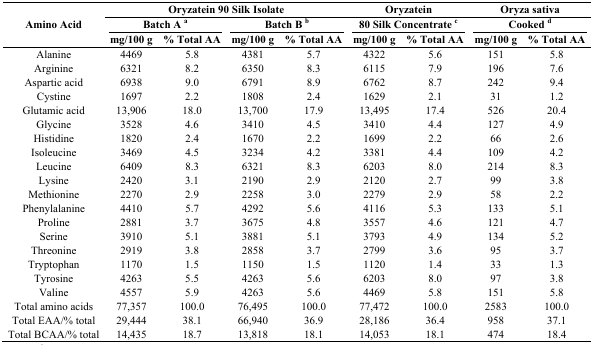
<table><thead><tr><td rowspan="3"><b>Amino Acid </b></td><td colspan="4"><b>Oryzatein 90 Silk Isolate</b></td><td colspan="2"><b>Oryzatein</b></td><td colspan="2"><b>Oryza sativa</b></td></tr><tr><td colspan="2"><b>Batch A <sup>a</sup></b></td><td colspan="2"><b>Batch B <sup>b</sup></b></td><td colspan="2"><b>80 Silk Concentrate <sup>c</sup></b></td><td colspan="2"><b>Cooked <sup>d</sup></b></td></tr><tr><td><b>mg/100 g</b></td><td><b>% Total AA</b></td><td><b>mg/100 g</b></td><td><b>% Total AA</b></td><td><b>mg/100 g</b></td><td><b>% Total AA</b></td><td><b>mg/100 g</b></td><td><b>% Total AA</b></td></tr></thead><tbody><tr><td>Alanine</td><td>4469</td><td>5.8</td><td>4381</td><td>5.7</td><td>4322</td><td>5.6</td><td>151</td><td>5.8</td></tr><tr><td>Arginine</td><td>6321</td><td>8.2</td><td>6350</td><td>8.3</td><td>6115</td><td>7.9</td><td>196</td><td>7.6</td></tr><tr><td>Aspartic acid</td><td>6938</td><td>9.0</td><td>6791</td><td>8.9</td><td>6762</td><td>8.7</td><td>242</td><td>9.4</td></tr><tr><td>Cystine</td><td>1697</td><td>2.2</td><td>1808</td><td>2.4</td><td>1629</td><td>2.1</td><td>31</td><td>1.2</td></tr><tr><td>Glutamic acid</td><td>13,906</td><td>18.0</td><td>13,700</td><td>17.9</td><td>13,495</td><td>17.4</td><td>526</td><td>20.4</td></tr><tr><td>Glycine</td><td>3528</td><td>4.6</td><td>3410</td><td>4.5</td><td>3410</td><td>4.4</td><td>127</td><td>4.9</td></tr><tr><td>Histidine</td><td>1820</td><td>2.4</td><td>1670</td><td>2.2</td><td>1699</td><td>2.2</td><td>66</td><td>2.6</td></tr><tr><td>Isoleucine</td><td>3469</td><td>4.5</td><td>3234</td><td>4.2</td><td>3381</td><td>4.4</td><td>109</td><td>4.2</td></tr><tr><td>Leucine</td><td>6409</td><td>8.3</td><td>6321</td><td>8.3</td><td>6203</td><td>8.0</td><td>214</td><td>8.3</td></tr><tr><td>Lysine</td><td>2420</td><td>3.1</td><td>2190</td><td>2.9</td><td>2120</td><td>2.7</td><td>99</td><td>3.8</td></tr><tr><td>Methionine</td><td>2270</td><td>2.9</td><td>2258</td><td>3.0</td><td>2279</td><td>2.9</td><td>58</td><td>2.2</td></tr><tr><td>Phenylalanine</td><td>4410</td><td>5.7</td><td>4292</td><td>5.6</td><td>4116</td><td>5.3</td><td>133</td><td>5.1</td></tr><tr><td>Proline</td><td>2881</td><td>3.7</td><td>3675</td><td>4.8</td><td>3557</td><td>4.6</td><td>121</td><td>4.7</td></tr><tr><td>Serine</td><td>3910</td><td>5.1</td><td>3881</td><td>5.1</td><td>3793</td><td>4.9</td><td>134</td><td>5.2</td></tr><tr><td>Threonine</td><td>2919</td><td>3.8</td><td>2858</td><td>3.7</td><td>2799</td><td>3.6</td><td>95</td><td>3.7</td></tr><tr><td>Tryptophan</td><td>1170</td><td>1.5</td><td>1150</td><td>1.5</td><td>1120</td><td>1.4</td><td>33</td><td>1.3</td></tr><tr><td>Tyrosine</td><td>4263</td><td>5.5</td><td>4263</td><td>5.6</td><td>6203</td><td>8.0</td><td>97</td><td>3.8</td></tr><tr><td>Valine</td><td>4557</td><td>5.9</td><td>4263</td><td>5.6</td><td>4469</td><td>5.8</td><td>151</td><td>5.8</td></tr><tr><td>Total amino acids</td><td>77,357</td><td>100.0</td><td>76,495</td><td>100.0</td><td>77,472</td><td>100.0</td><td>2583</td><td>100.0</td></tr><tr><td>Total EAA/% total</td><td>29,444</td><td>38.1</td><td>66,940</td><td>36.9</td><td>28,186</td><td>36.4</td><td>958</td><td>37.1</td></tr><tr><td>Total BCAA/% total</td><td>14,435</td><td>18.7</td><td>13,818</td><td>18.1</td><td>14,053</td><td>18.1</td><td>474</td><td>18.4</td></tr></tbody></table>